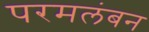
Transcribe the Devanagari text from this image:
परमलंबन